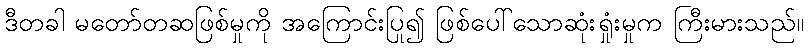
ဒီတခါ မတော်တဆဖြစ်မှုကို အကြောင်းပြု၍ ဖြစ်ပေါ်သောဆုံးရှုံးမှုက ကြီးမားသည်။